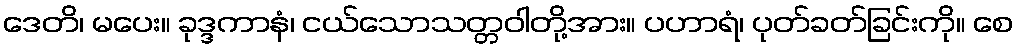
ဒေတိ၊ မပေး။ ခုဒ္ဒကာနံ၊ ငယ်သောသတ္တဝါတို့အား။ ပဟာရံ၊ ပုတ်ခတ်ခြင်းကို။ စေ